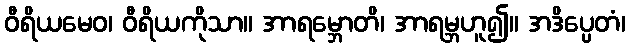
ဝီရိယမေဝ၊ ဝီရိယကိုသာ။ အာရမ္ဘောတိ၊ အာရမ္ဘဟူ၍။ အဒိပ္ပေတံ၊